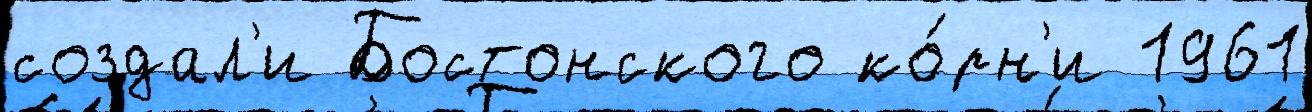
создал'и Бостонского ко́рн'и 1961